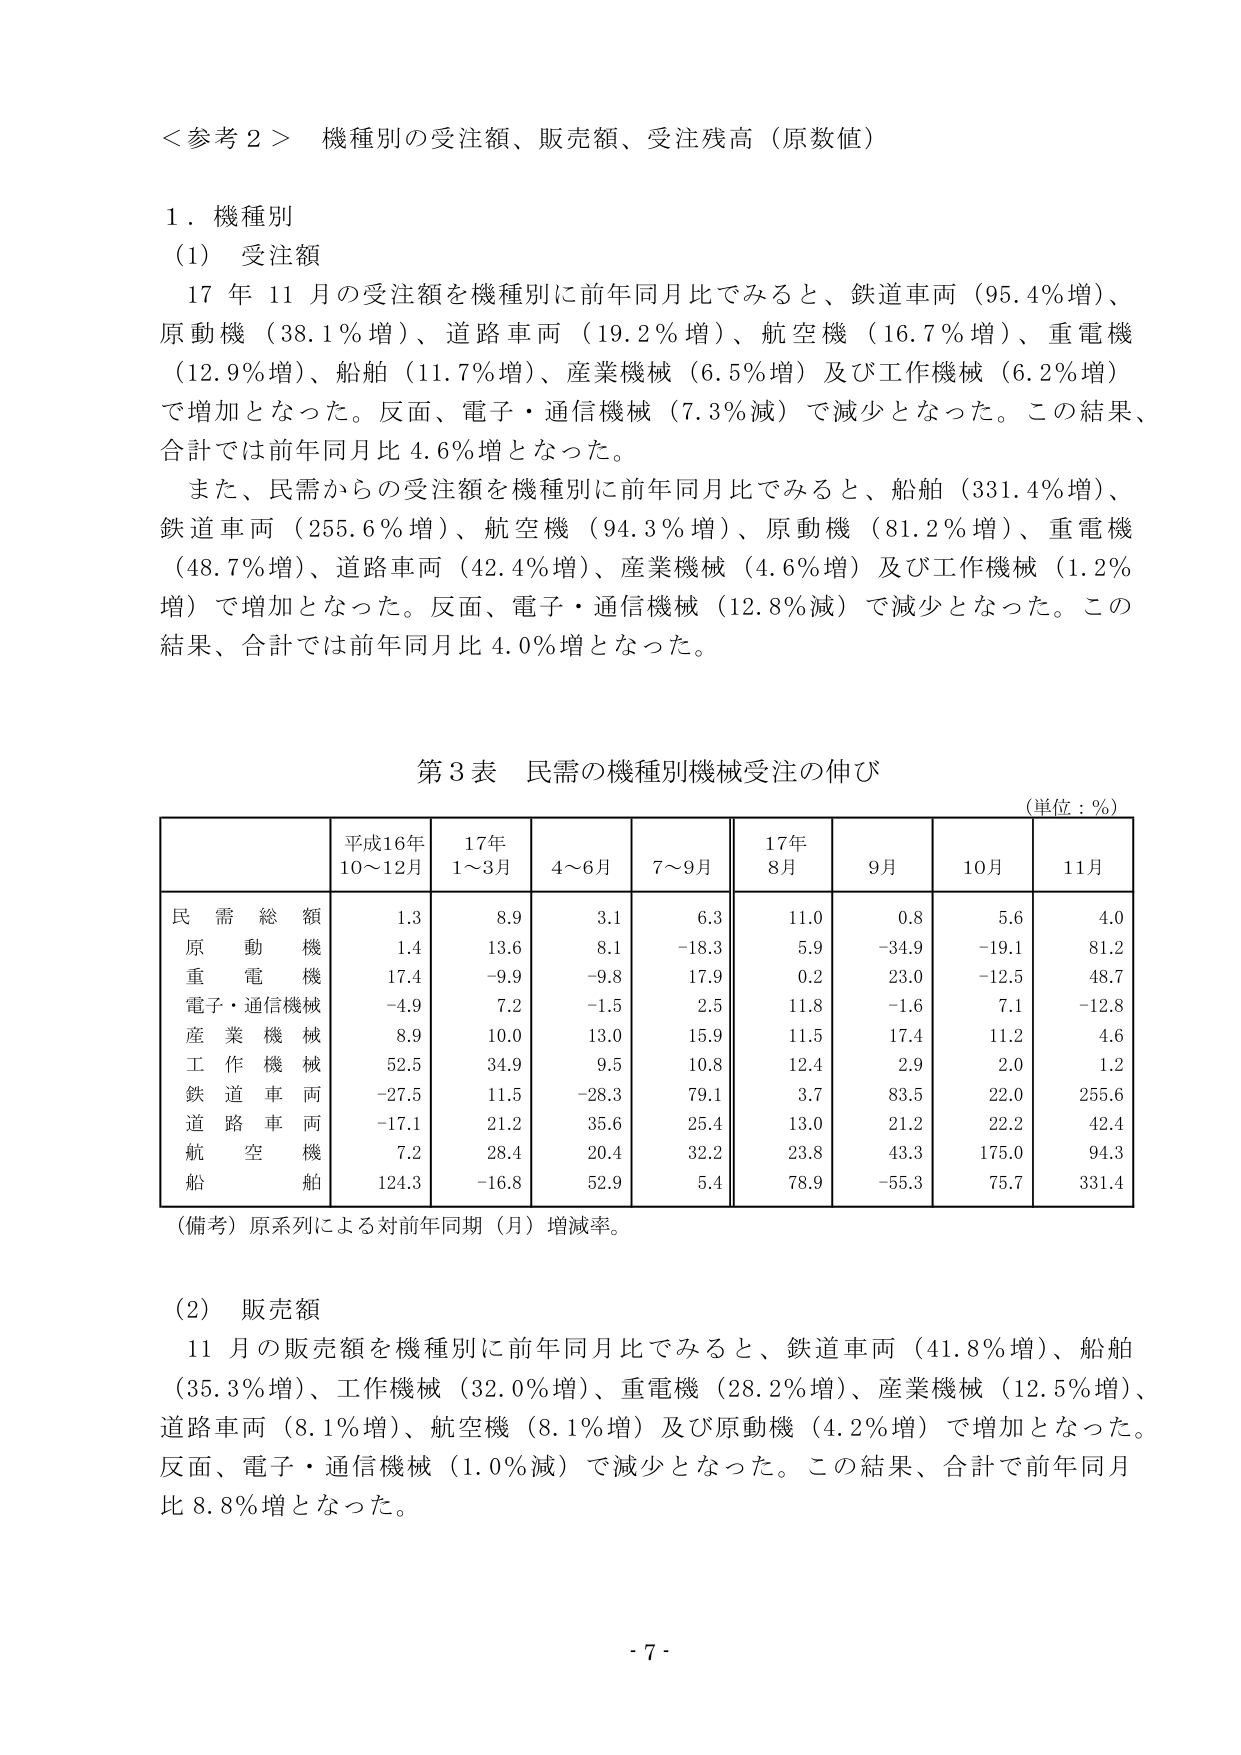
＜参考２＞ 機種別の受注額、販売額、受注残高（原数値）

１．機種別
（1）受注額
　17年11月の受注額を機種別に前年同月比でみると、鉄道車両（95.4％増）、
原動機（38.1％増）、道路車両（19.2％増）、航空機（16.7％増）、重電機
（12.9％増）、船舶（11.7％増）、産業機械（6.5％増）及び工作機械（6.2％増）
で増加となった。反面、電子・通信機械（7.3％減）で減少となった。この結果、
合計では前年同月比4.6％増となった。
　また、民需からの受注額を機種別に前年同月比でみると、船舶（331.4％増）、
鉄道車両（255.6％増）、航空機（94.3％増）、原動機（81.2％増）、重電機
（48.7％増）、道路車両（42.4％増）、産業機械（4.6％増）及び工作機械（1.2％
増）で増加となった。反面、電子・通信機械（12.8％減）で減少となった。この
結果、合計では前年同月比4.0％増となった。

第3表 民需の機種別機械受注の伸び
（単位：％）

| | 平成16年10～12月 | 17年1～3月 | 4～6月 | 7～9月 | 17年8月 | 9月 | 10月 | 11月 |
|---|---|---|---|---|---|---|---|---|
| 民需総額 | 1.3 | 8.9 | 3.1 | 6.3 | 11.0 | 0.8 | 5.6 | 4.0 |
| 原動機 | 1.4 | 13.6 | 8.1 | -18.3 | 5.9 | -34.9 | -19.1 | 81.2 |
| 重電機 | 17.4 | -9.9 | -9.8 | 17.9 | 0.2 | 23.0 | -12.5 | 48.7 |
| 電子・通信機械 | -4.9 | 7.2 | -1.5 | 2.5 | 11.8 | -1.6 | 7.1 | -12.8 |
| 産業機械 | 8.9 | 10.0 | 13.0 | 15.9 | 11.5 | 17.4 | 11.2 | 4.6 |
| 工作機械 | 52.5 | 34.9 | 9.5 | 10.8 | 12.4 | 2.9 | 2.0 | 1.2 |
| 鉄道車両 | -27.5 | 11.5 | -28.3 | 79.1 | 3.7 | 83.5 | 22.0 | 255.6 |
| 道路車両 | -17.1 | 21.2 | 35.6 | 25.4 | 13.0 | 21.2 | 22.2 | 42.4 |
| 航空機 | 7.2 | 28.4 | 20.4 | 32.2 | 23.8 | 43.3 | 175.0 | 94.3 |
| 船舶 | 124.3 | -16.8 | 52.9 | 5.4 | 78.9 | -55.3 | 75.7 | 331.4 |

（備考）原系列による対前年同期（月）増減率。

（2）販売額
　11月の販売額を機種別に前年同月比でみると、鉄道車両（41.8％増）、船舶
（35.3％増）、工作機械（32.0％増）、重電機（28.2％増）、産業機械（12.5％増）、
道路車両（8.1％増）、航空機（8.1％増）及び原動機（4.2％増）で増加となった。
反面、電子・通信機械（1.0％減）で減少となった。この結果、合計で前年同月
比8.8％増となった。

- 7 -